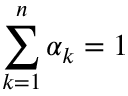
\sum _ { k = 1 } ^ { n } \alpha _ { k } = 1